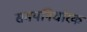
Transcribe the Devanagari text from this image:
समयनिर्धारक